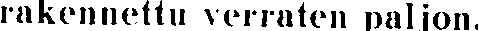
rakennettu verraten paljon.